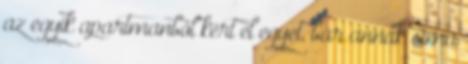
az egyik apartmanból kért el egyet, bár annak sima